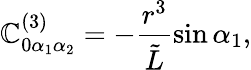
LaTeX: \mathbb{C}_{0\alpha_{1}\alpha_{2}}^{(3)}=-\frac{{r^{3}}}{{{\tilde{{L}}}}}\sin{\alpha_{1}},